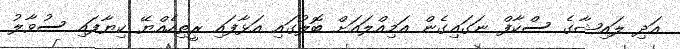
އަދި ލައިޝާގެ ސްކާފް ނަގައިގެން އަމިއްލައަށް ބޮލުގައި އަޅާފައި ރީތިހެއްޔޭ ކިޔާފައި ސުވާލު